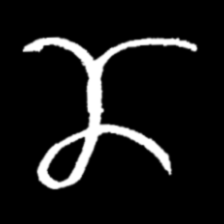
Pyu character \u2014 Myanmar letter: ဏ (romanized: nna)